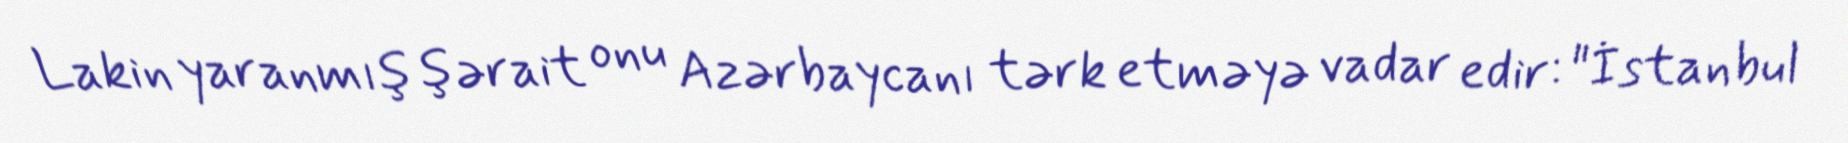
Lakin yaranmış şərait onu Azərbaycanı tərk etməyə vadar edir: "İstanbul